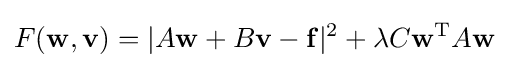
F(\mathbf {w} ,\mathbf {v} )=|A\mathbf {w} +B\mathbf {v} -\mathbf {f} |^{2}+\lambda C\mathbf {w} ^{\textrm {T}}A\mathbf {w}